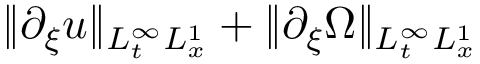
\| \partial _ { \xi } u \| _ { L _ { t } ^ { \infty } L _ { x } ^ { 1 } } + \| \partial _ { \xi } \Omega \| _ { L _ { t } ^ { \infty } L _ { x } ^ { 1 } }